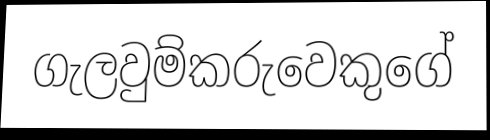
ගැලවුම්කරුවෙකුගේ